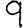
Digit: 9